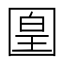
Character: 𡈁